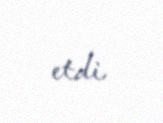
etdi.